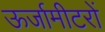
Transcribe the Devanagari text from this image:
ऊर्जामीटरों